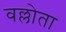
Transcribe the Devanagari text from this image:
वल्लोता